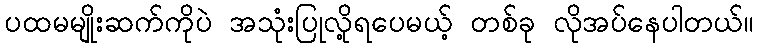
ပထမမျိုးဆက်ကိုပဲ အသုံးပြုလို့ရပေမယ့် တစ်ခု လိုအပ်နေပါတယ်။